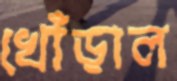
খোঁড়াল